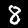
Label: 8